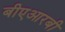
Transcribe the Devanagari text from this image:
बीएआरबी